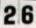
26